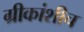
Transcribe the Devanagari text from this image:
ग्रीकांशीच